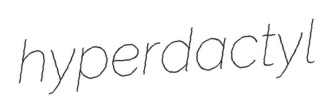
hyperdactyl